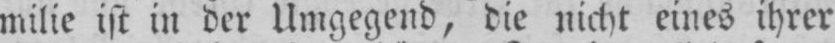
milie ist in der Umgegend, die nicht eines ihrer